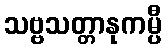
သဗ္ဗသတ္တာနုကမ္ပီ